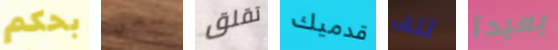
بحكم سخي تقلق قدميك تلف بعيدآ